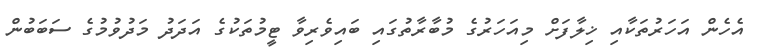
އެހެން އަހަރުތަކާއި ޚިލާފަށް މިއަހަރުގެ މުބާރާތުގައި ބައިވެރިވާ ޓީމުތަކުގެ އަދަދު މަދުވުމުގެ ސަބަބުން